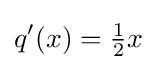
q'(x)={\tfrac {1}{2}}x